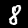
Digit: 8